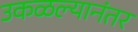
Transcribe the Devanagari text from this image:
उकळल्यानंतर